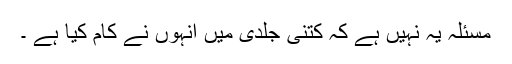
مسئلہ یہ نہیں ہے کہ کتنی جلدی میں انہوں نے کام کیا ہے ۔